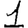
Digit: 1